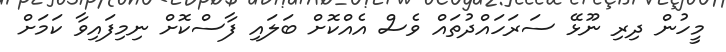
މީހުން ދިރި ނޫޅޭ ސަރަހައްދުތައް ވެސް އެއްކޮށް ބަލައި ފާސްކޮށް ނިމިފައިވާ ކަމަށް